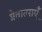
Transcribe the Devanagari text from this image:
प्रेतात्माएँ